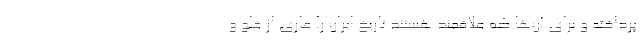
پرداخته و برای آن‌ها که علاقمند هستند تاریخ ایران را عاری از غلو و